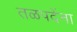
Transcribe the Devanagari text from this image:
तळपदेंना